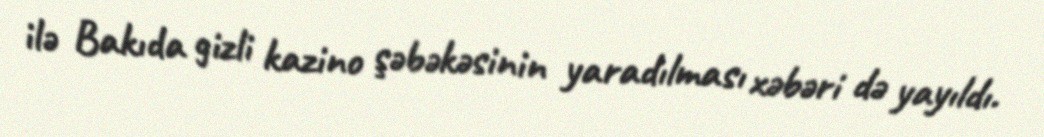
ilə Bakıda gizli kazino şəbəkəsinin yaradılması xəbəri də yayıldı.